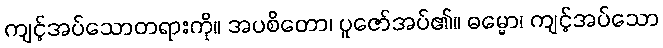
ကျင့်အပ်သောတရားကို။ အပစိတော၊ ပူဇော်အပ်၏။ ဓမ္မော၊ ကျင့်အပ်သော